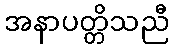
အနာပတ္တိသညီ